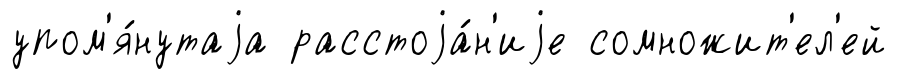
упом'я́нутаjа расстоjа́н'иjе сомножит'ел'ей